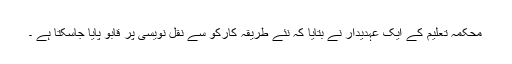
محکمہ تعلیم کے ایک عہدیدار نے بتایا کہ نئے طریقہ کارکو سے نقل نویسی پر قابو پایا جاسکتا ہے ۔